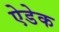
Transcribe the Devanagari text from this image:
ऐडेक